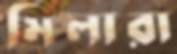
মিলারা